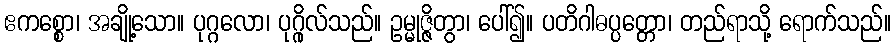
ဧကစ္စော၊ အချို့သော။ ပုဂ္ဂလော၊ ပုဂ္ဂိုလ်သည်။ ဥမ္မုဇ္ဇိတွာ၊ ပေါ်၍။ ပတိဂါဓပ္ပတ္တော၊ တည်ရာသို့ ရောက်သည်။